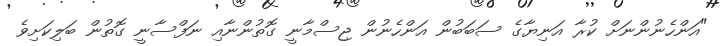
"އަންހެނުންނަށް ކުރާ އަނިޔާގެ ސަބަބުން އަންހެނުން ޖިސްމާނީ ގޮތުންނާއި ނަފްސާނީ ގޮތުން ބަލިކަށިވެ